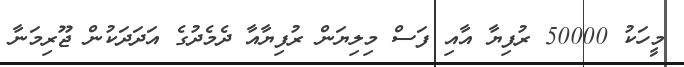
މީހަކު 50000 ރުފިޔާ އާއި ފަސް މިލިޔަން ރުފިޔާއާ ދެމެދުގެ އަދަދަކުން ޖޫރިމަނާ